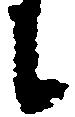
に